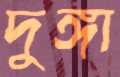
দুঙ্গা